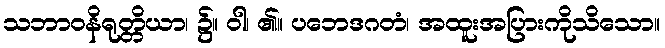
သဘာဝနိရုတ္တိယာ၊ ၌။ ဝါ၊ ၏။ ပဘေဒဂတံ၊ အထူးအပြားကိုသိသော။